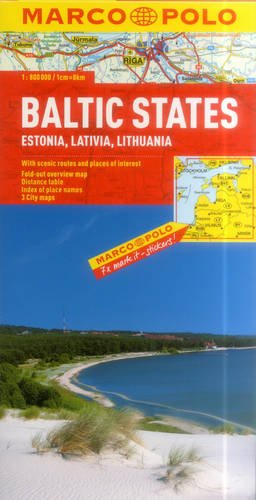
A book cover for Baltic States/Estonia/Latvia/Lithuania Map (Marco Polo Maps); Marco Polo Travel; Travel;